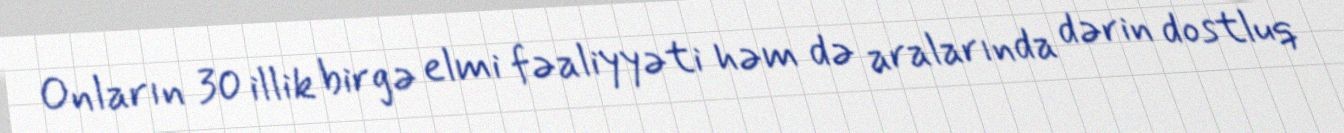
Onların 30 illik birgə elmi fəaliyyəti həm də aralarında dərin dostluq